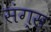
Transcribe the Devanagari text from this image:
संग्स